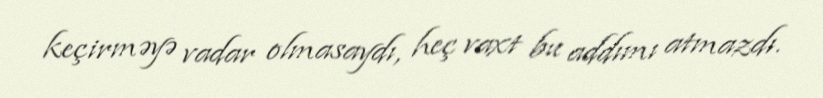
keçirməyə vadar olmasaydı, heç vaxt bu addımı atmazdı.